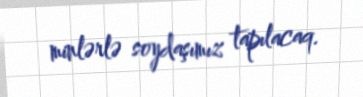
minlərlə soydaşımız tapılacaq.